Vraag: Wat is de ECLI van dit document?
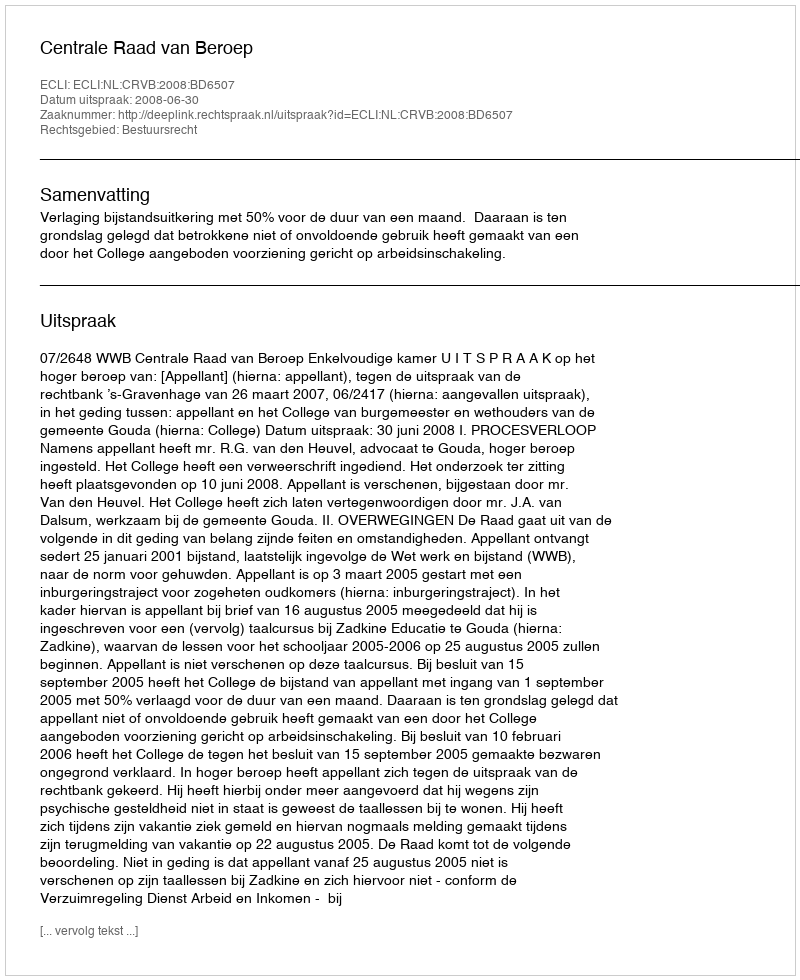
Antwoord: ECLI:NL:CRVB:2008:BD6507